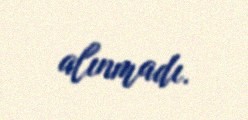
alınmadı.